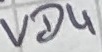
Text: VD4